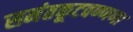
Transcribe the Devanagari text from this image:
समंतकूटवण्णणा